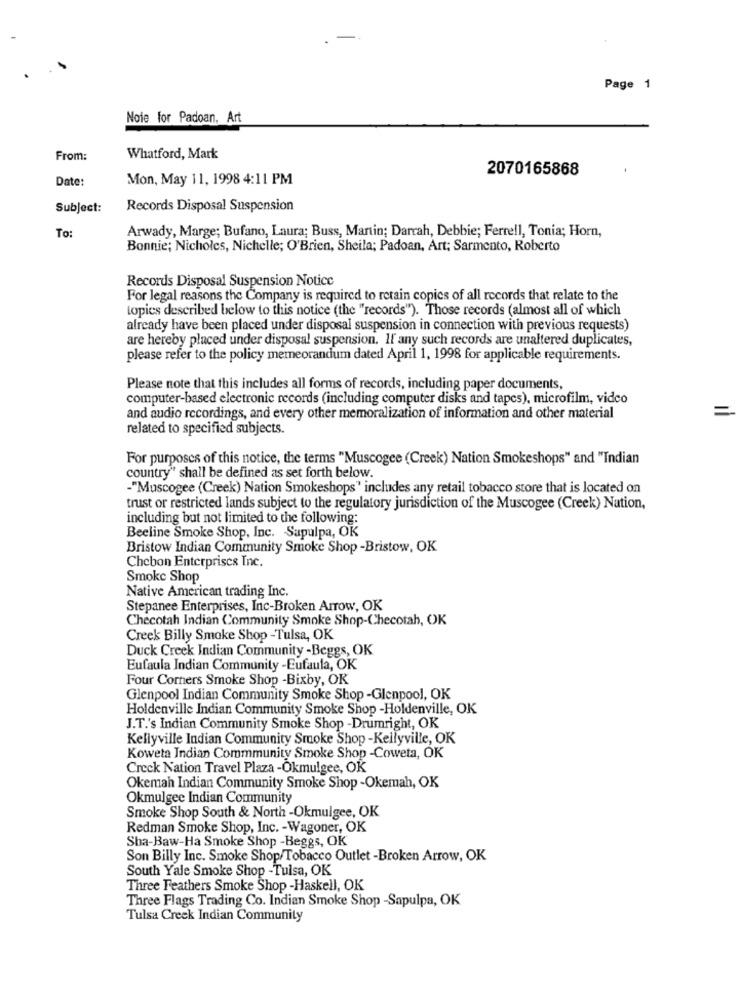
Page 1
Noie for Padoan, Art
From:
Whatford, Mark
2070165868
Date:
Mon, May 11, 1998 4:11 PM
Subject:
Records Disposal Suspension
Arwady, Marge; Bufano, Laura; Buss, Martin; Darrah, Debbie; Ferrell, Tonia; Horn,
To:
Bonnie; Nicholes, Nichelle; O'Brien, Sheila; Padoan, Art; Sarmento, Roberto
Records Disposal Suspension Notice
For legal reasons the Company is required to retain copies of all records that relate to the
topics described below to this notice (the "records"). Those records (almost all of which
already have been placed under disposal suspension in connection with previous requests)
are hereby placed under disposal suspension. If any such records are unaltered duplicates,
please refer to the policy memeorandum dated April 1, 1998 for applicable requirements.
Please note that this includes all forms of records, including paper documents,
computer-based electronic records (including computer disks and tapes), microfilm, video
and audio recordings, and every other memoralization of information and other material
related to specified subjects.
For purposes of this notice, the terms "Muscogee (Creek) Nation Smokeshops" and "Indian
country" shall be defined as set forth below.
-"Muscogee (Creek) Nation Smokeshops' includes any retail tobacco store that is located on
trust or restricted lands subject to the regulatory jurisdiction of the Muscogee (Creek) Nation,
including but not limited to the following:
Beeline Smoke Shop, Inc. Sapulpa, OK
Bristow Indian Community Smoke Shop -Bristow, OK
Chebon Enterprises Inc.
Smoke Shop
Native American trading Inc.
Stepanee Enterprises, Inc-Broken Arrow, OK
Checotah Indian Community Smoke Shop-Checotah, OK
Creek Billy Smoke Shop -Tulsa, OK
Duck Creek Indian Community -Beggs, OK
Eufaula Indian Community -Eufaula, OK
Four Corners Smoke Shop -Bixby, OK
Glenpool Indian Community Smoke Shop -Glenpool, OK
Holdenville Indian Community Smoke Shop -Holdenville, OK
J.T.'s Indian Community Smoke Shop -Drumright, OK
Kellyville Indian Community Smoke Shop -Kellyville, OK
Koweta Indian Commmunity Smoke Shop -Coweta, OK
Creck Nation Travel Plaza -Okmulgee, OK
Okemah Indian Community Smoke Shop -Okemah, OK
Okmulgee Indian Community
Smoke Shop South & North -Okmulgee, OK
Redman Smoke Shop, Inc. - Wagoner, OK
Sha-Baw-Ha Smoke Shop -Beggs, OK
Son Billy Inc. Smoke Shop/Tobacco Outlet -Broken Arrow, OK
South Yale Smoke Shop -Tulsa, OK
Three Feathers Smoke Shop -Haskell, OK
Three Flags Trading Co. Indian Smoke Shop -Sapulpa, OK
Tulsa Creek Indian Community